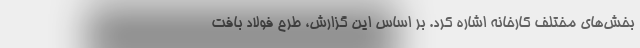
بخش‌های مختلف کارخانه اشاره کرد. بر اساس این گزارش، طرح فولاد بافت